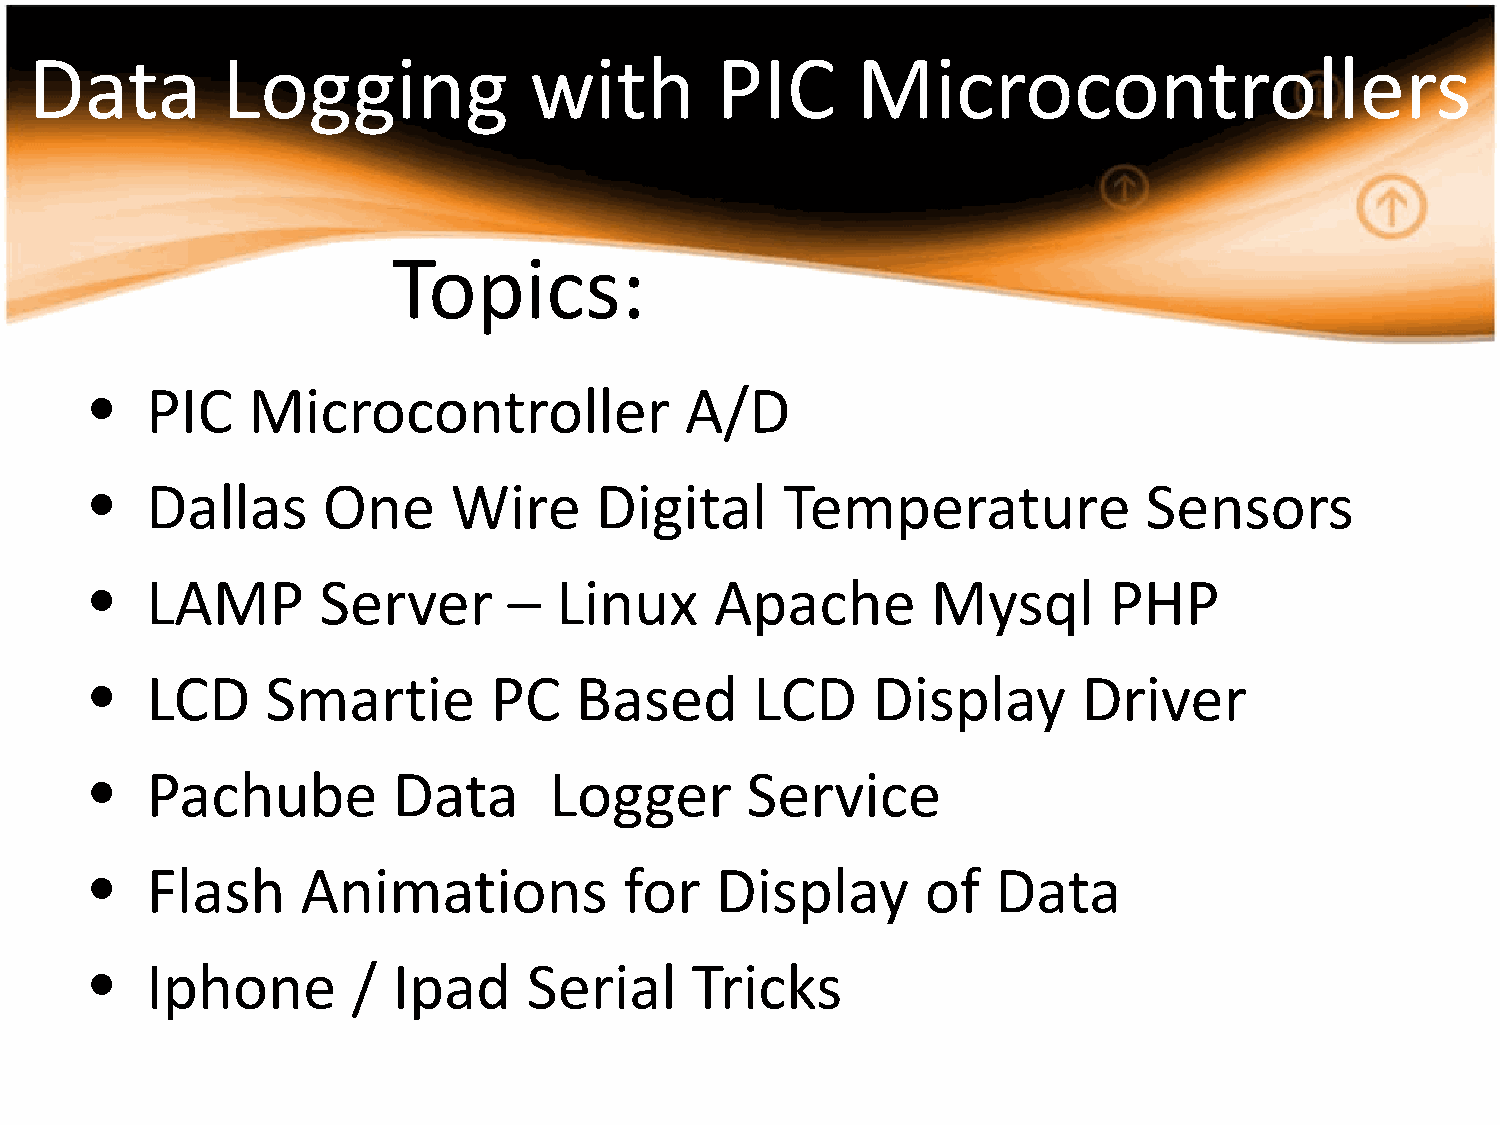
Data         Logging             with        PIC       Microcontrollers
 Topics:
 •   PIC   Microcontroller              A/D
 •   Dallas     One      Wire     Digital      Temperature             Sensors
 •   LAMP       Server       –  Linux     Apache         Mysql      PHP
 •   LCD     Smartie       PC    Based       LCD     Display       Driver
 •   Pachube         Data      Logger       Service
 •   Flash     Animations           for   Display       of   Data
 •   Iphone       /  Ipad     Serial     Tricks